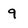
Character: 9